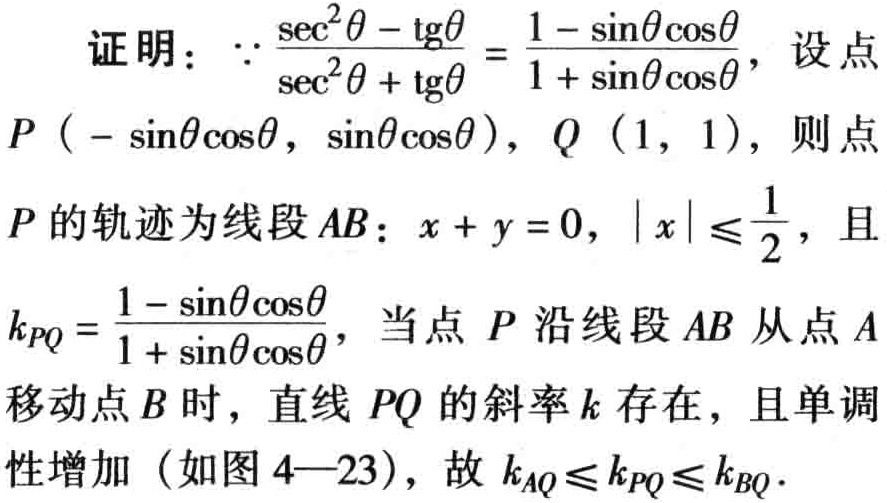
证明：\(\because\frac{\sec^{2}\theta - \tg\theta}{\sec^{2}\theta + \tg\theta}=\frac{1 - \sin\theta\cos\theta}{1 + \sin\theta\cos\theta}\)，设点\(P(-\sin\theta\cos\theta,\sin\theta\cos\theta)\)，\(Q(1,1)\)，则点\(P\)的轨迹为线段\(AB\)：\(x + y = 0\)，\(\vert x\vert\leqslant\frac{1}{2}\)，且\(k_{PQ}=\frac{1 - \sin\theta\cos\theta}{1 + \sin\theta\cos\theta}\)，当点\(P\)沿线段\(AB\)从点\(A\)移动点\(B\)时，直线\(PQ\)的斜率\(k\)存在，且单调性增加（如图\(4 - 23\)），故\(k_{AQ}\leqslant k_{PQ}\leqslant k_{BQ}\)。